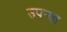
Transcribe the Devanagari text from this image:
उपर्‍या